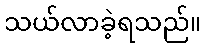
သယ်လာခဲ့ရသည်။